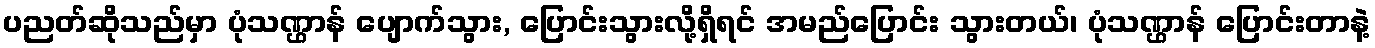
ပညတ်ဆိုသည်မှာ ပုံသဏ္ဌာန် ပျောက်သွား, ပြောင်းသွားလို့ရှိရင် အမည်ပြောင်း သွားတယ်၊ ပုံသဏ္ဌာန် ပြောင်းတာနဲ့